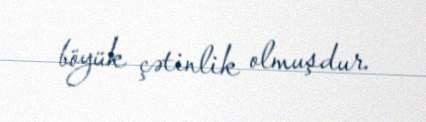
böyük çətinlik olmuşdur.